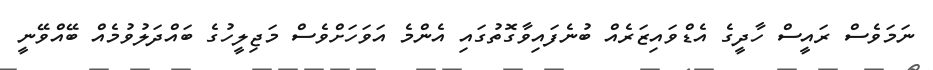
ނަމަވެސް ރައީސް ހާދީގެ އެޑްވައިޒަރެއް ބުނެފައިވާގޮތުގައި އެންމެ އަވަހަށްވެސް މަޖިލީހުގެ ބައްދަލުވުމެއް ބޭއްވޭނީ